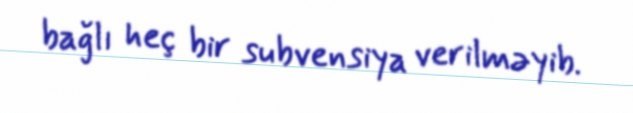
bağlı heç bir subvensiya verilməyib.